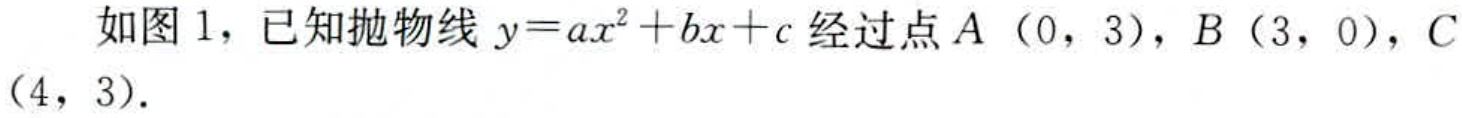
如图 1，已知抛物线 \(y = ax^{2}+bx + c\) 经过点 \(A(0,3)\)，\(B(3,0)\)，\(C(4,3)\)．